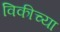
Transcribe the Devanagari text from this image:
विकीच्या